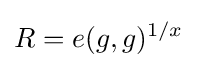
R=e(g,g)^{1/x}